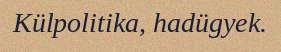
Külpolitika, hadügyek.